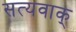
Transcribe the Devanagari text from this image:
सत्यवाक्‌